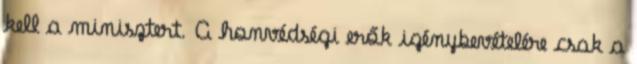
kell a minisztert. A honvédségi erők igénybevételére csak a